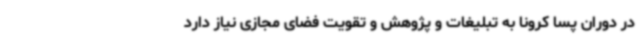
در دوران پسا کرونا به تبلیغات و پژوهش و تقویت فضای مجازی نیاز دارد